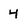
Character: 4